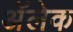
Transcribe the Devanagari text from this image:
अॅलेक